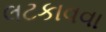
લટકાવવા